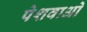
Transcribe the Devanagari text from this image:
पेशवाओ